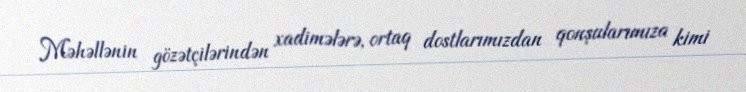
Məhəllənin gözətçilərindən xadimələrə, ortaq dostlarımızdan qonşularımıza kimi